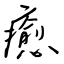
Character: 癒